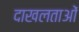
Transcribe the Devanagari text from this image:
दाखलताओं